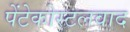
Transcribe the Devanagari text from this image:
पेंटेकोस्टलवाद